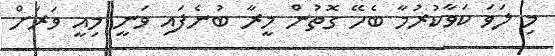
މި ލަވަ ކަވާކުރުމާ ބެހޭ ގޮތުން މީރާ ބުނެފައި ވަނީ މިއީ ވަރަށް